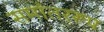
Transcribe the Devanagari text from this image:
समांतररूप